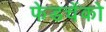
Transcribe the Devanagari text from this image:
फेडचेंको